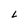
Character: L